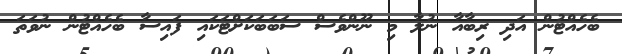
ބެހެއްޓުން އަދި ރިބާއާ ނުލާ މި ނޫންވެސް ސަބަބަކަށްޓަކައި ފައިސާ ބެހެއްޓުން ނުވަތަ